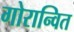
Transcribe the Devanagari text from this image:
गोरान्वित